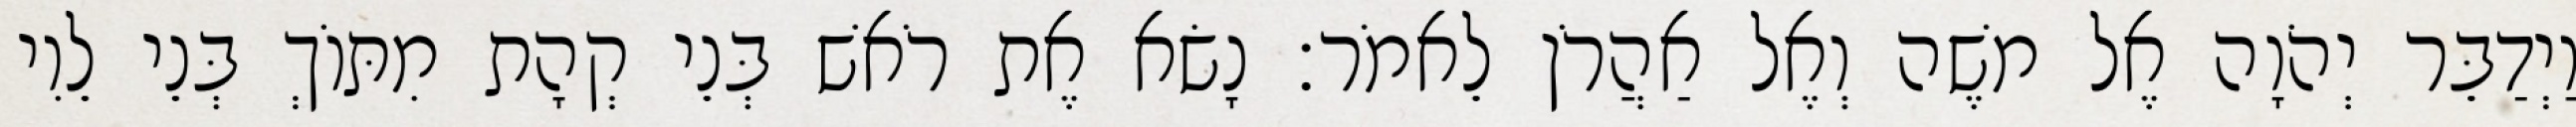
וַיְדַבֵּר יְהֹוָה אֶל משֶׁה וְאֶל אַהֲרֹן לֵאמֹר׃ נָשׂא אֶת רֹאשׁ בְּנֵי קְהָת מִתּוֹךְ בְּנֵי לֵוִי